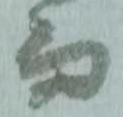
而